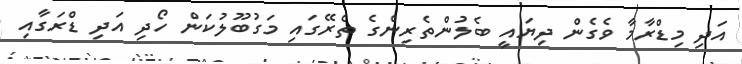
އަދި މިޑްރާމާ ވެގެން ދިޔައީ ބެލުންތެރިންގެ ތެރޭގައި މަގުބޫލުކަން ހޯދި އަދި ޑްރަގާއި